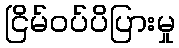
ငြိမ်ဝပ်ပိပြားမှု